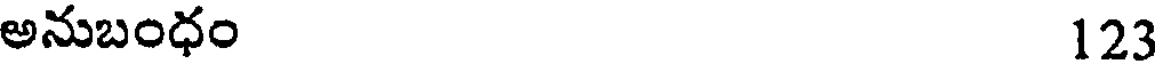
అనుబంధం 123